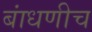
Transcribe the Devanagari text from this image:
बांधणीच